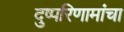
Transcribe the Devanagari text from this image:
दुष्परिणामांचा